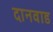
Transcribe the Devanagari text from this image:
दानवाड